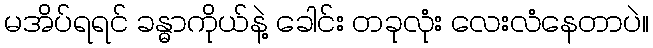
မအိပ်ရရင် ခန္ဓာကိုယ်နဲ့ ခေါင်း တခုလုံး လေးလံနေတာပဲ။